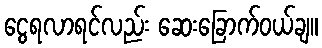
ငွေရလာရင်လည်း ဆေးခြောက်ဝယ်ချ။